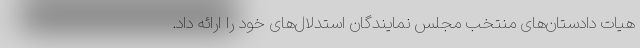
هیات دادستان‌های منتخب مجلس نمایندگان استدلال‌های خود را ارائه داد.